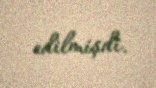
edilmişdi.